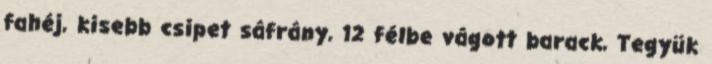
fahéj, kisebb csipet sáfrány, 12 félbe vágott barack, Tegyük